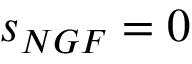
s _ { N G F } = 0